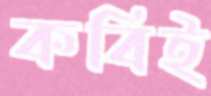
কবিই